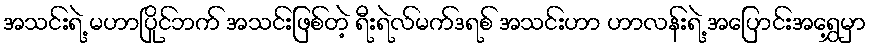
အသင်းရဲ့ မဟာပြိုင်ဘက် အသင်းဖြစ်တဲ့ ရီးရဲလ်မက်ဒရစ် အသင်းဟာ ဟာလန်းရဲ့ အပြောင်းအရွှေ့မှာ